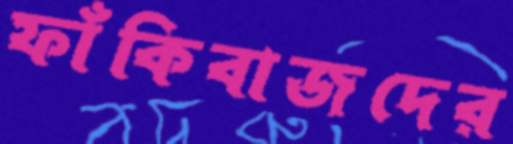
ফাঁকিবাজদের